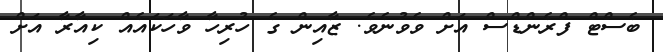
ބެސްޓް ފްރެންޑްސް އަށް ވެވުނެވެ. ޒާއިން ގެ ހުރިހާ ވާހަކައެއް ކިއާރާ އަށް